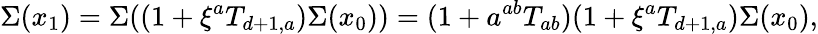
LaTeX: \Sigma(x_{1})=\Sigma((1+\xi^{a}T_{d+1,a})\Sigma(x_{0}))=(1+a^{ab}T_{ab})(1+\xi^{a}T_{d+1,a})\Sigma(x_{0}),